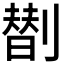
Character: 𠟆